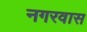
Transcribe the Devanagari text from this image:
नगरवास